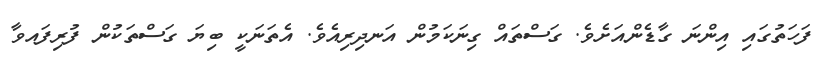
ފަހަތުގައި އިންނަ ގާޑެންއަށެވެ. ގަސްތައް ގިނަކަމުން އަނދިރިއެވެ. އެތަނަކީ ބިޔަ ގަސްތަކުން ފުރިފައވާ